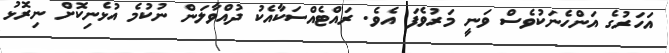
އަހަރުގެ އަންހެނަކުވެސް ވަނީ މަރުވެފަ އެވެ. ރައްޓެއްސަކާއެކު ދުއްވާލަން ނުކުމެ އުޅެނިކޮށް ނިރޮޅު